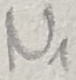
Text: N1